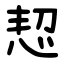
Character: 恝